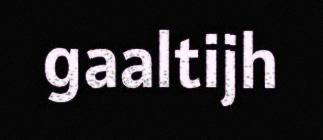
gaaltijh